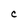
Character: C